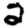
Digit: 2